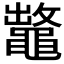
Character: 𪓶